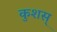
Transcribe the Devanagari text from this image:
कुशस्